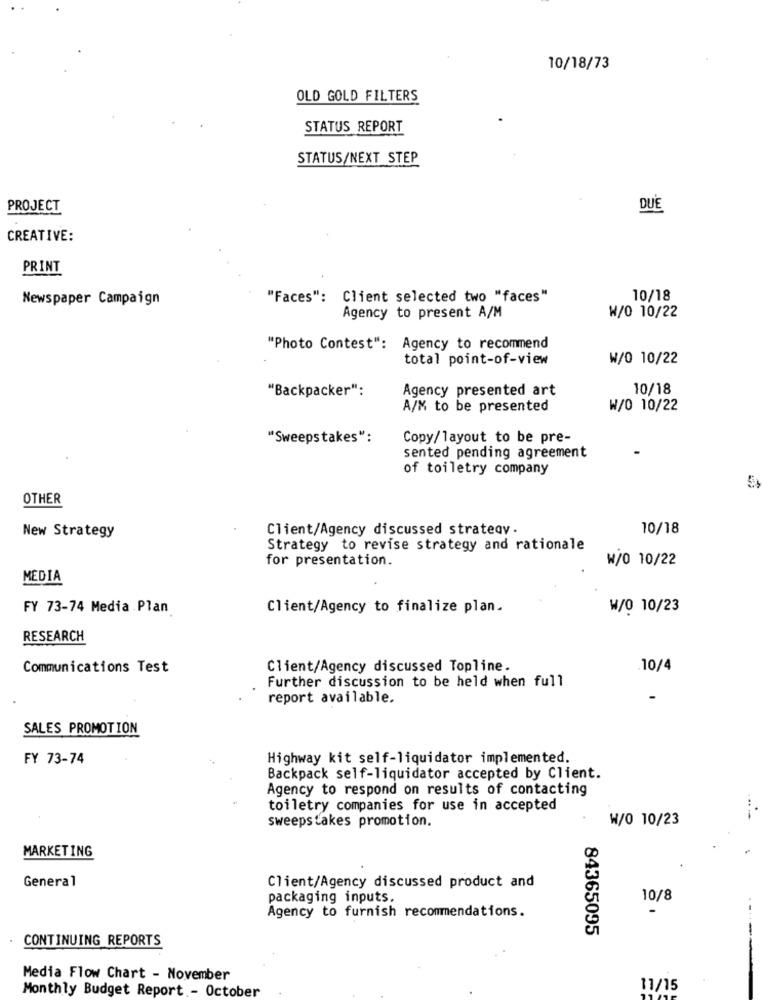
10/18/73
OLD GOLD FILTERS
STATUS REPORT
STATUS/NEXT STEP
PROJECT
DUE
CREATIVE:
PRINT
Newspaper Campaign
"Faces": Client selected two "faces"
10/18
Agency to present A/M
W/0 10/22
"Photo Contest": Agency to recommend
total point-of-view
W/O 10/22
"Backpacker":
Agency presented art
10/18
A/M to be presented
W/O 10/22
"Sweepstakes":
Copy/layout to be pre-
sented pending agreement
of toiletry company
OTHER
Client/Agency discussed strateav .
10/18
New Strategy
Strategy to revise strategy and rationale
for presentation.
W/0 10/22
MEDIA
FY 73-74 Media Plan
Client/Agency to finalize plan.
W/0 10/23
RESEARCH
Communications Test
Client/Agency discussed Topline.
10/4
Further discussion to be held when full
report available.
SALES PROMOTION
FY 73-74
Highway kit self-liquidator implemented.
Backpack self-liquidator accepted by Client.
Agency to respond on results of contacting
toiletry companies for use in accepted
sweepstakes promotion.
W/0 10/23
MARKETING
General
Client/Agency discussed product and
packaging inputs.
10/8
Agency to furnish recommendations.
84365095
CONTINUING REPORTS
Media Flow Chart - November
11/15
Monthly Budget Report - October